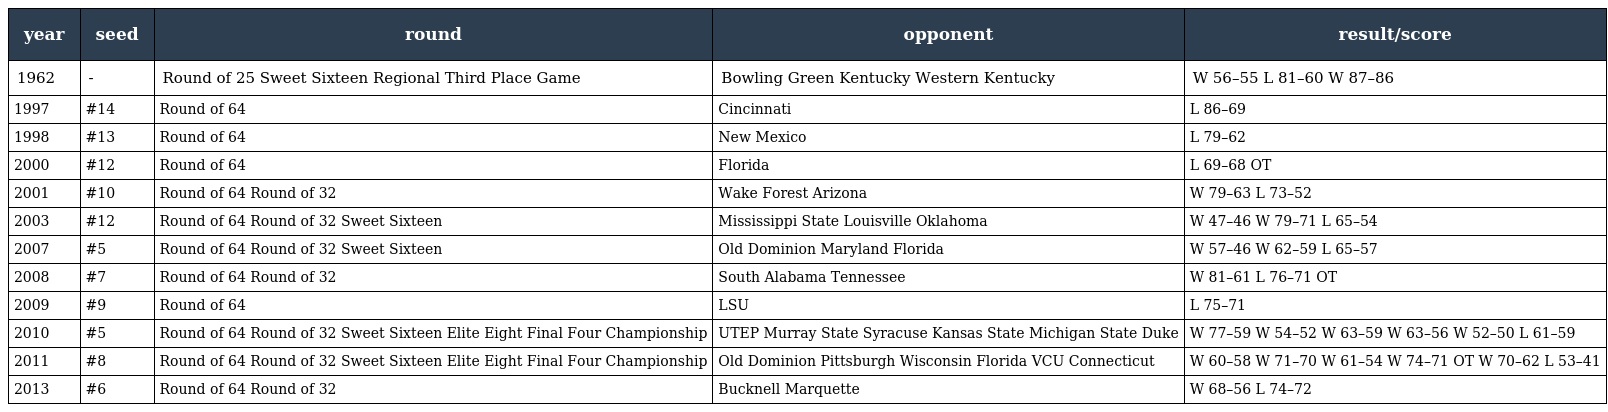
| year | seed | round | opponent | result/score |
 | --- | --- | --- | --- | --- |
 | 1962 | - | Round of 25 Sweet Sixteen Regional Third Place Game | Bowling Green Kentucky Western Kentucky | W 56–55 L 81–60 W 87–86 |
 | 1997 | #14 | Round of 64 | Cincinnati | L 86–69 |
 | 1998 | #13 | Round of 64 | New Mexico | L 79–62 |
 | 2000 | #12 | Round of 64 | Florida | L 69–68 OT |
 | 2001 | #10 | Round of 64 Round of 32 | Wake Forest Arizona | W 79–63 L 73–52 |
 | 2003 | #12 | Round of 64 Round of 32 Sweet Sixteen | Mississippi State Louisville Oklahoma | W 47–46 W 79–71 L 65–54 |
 | 2007 | #5 | Round of 64 Round of 32 Sweet Sixteen | Old Dominion Maryland Florida | W 57–46 W 62–59 L 65–57 |
 | 2008 | #7 | Round of 64 Round of 32 | South Alabama Tennessee | W 81–61 L 76–71 OT |
 | 2009 | #9 | Round of 64 | LSU | L 75–71 |
 | 2010 | #5 | Round of 64 Round of 32 Sweet Sixteen Elite Eight Final Four Championship | UTEP Murray State Syracuse Kansas State Michigan State Duke | W 77–59 W 54–52 W 63–59 W 63–56 W 52–50 L 61–59 |
 | 2011 | #8 | Round of 64 Round of 32 Sweet Sixteen Elite Eight Final Four Championship | Old Dominion Pittsburgh Wisconsin Florida VCU Connecticut | W 60–58 W 71–70 W 61–54 W 74–71 OT W 70–62 L 53–41 |
 | 2013 | #6 | Round of 64 Round of 32 | Bucknell Marquette | W 68–56 L 74–72 |